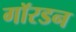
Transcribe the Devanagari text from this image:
गॉरडन